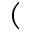
(